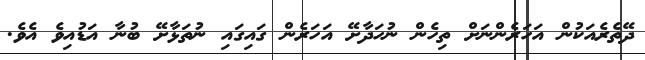
ދޭތެރެއަކުން އަހަރެންނަށް ތިހެން ނުހަދާށޭ އަހަރެން ގައިގައި ނުތަޅާށޭ ބުނާ އަޑުއިވެ އެވެ.